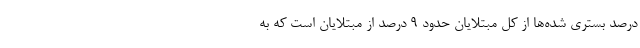
درصد بستری شده‌ها از کل مبتلایان حدود ۹ درصد از مبتلایان است که به